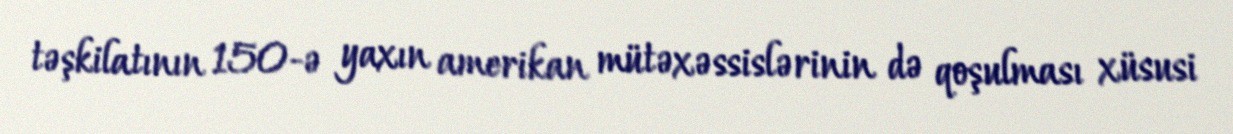
təşkilatının 150-ə yaxın amerikan mütəxəssislərinin də qoşulması xüsusi